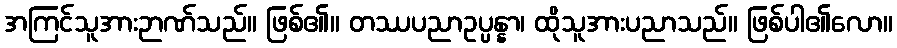
အကြင်သူအားဉာဏ်သည်။ ဖြစ်၏။ တဿပညာဥပ္ပန္နာ၊ ထိုသူအားပညာသည်။ ဖြစ်ပါ၏လော။